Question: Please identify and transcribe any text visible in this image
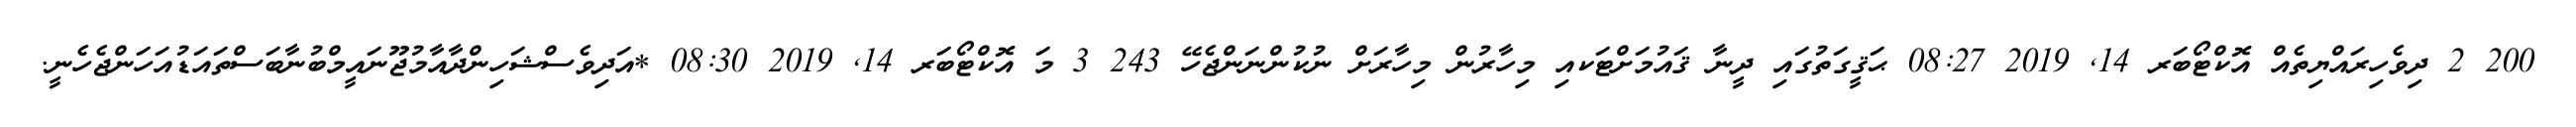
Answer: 200 2 ދިވެހިރައްޔިތެއް އޮކްޓޯބަރ 14, 2019 08:27 ޙަޤީގަތުގައި ދީނާ ޤައުމަށްޓަކއި މިހާރުން މިހާރަށް ނުކުންނަންޖެހޭ 243 3 މަ އޮކްޓޯބަރ 14, 2019 08:30 *އަދިވެސްޝަހިންދާއާމުޖޫނައީމްބުނާބަސްތައަޑުއަހަންޖެހެނީ.